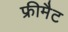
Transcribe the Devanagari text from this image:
फ्रीमैट